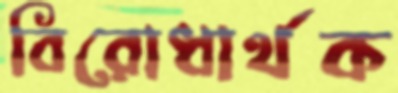
বিরোধার্থক